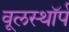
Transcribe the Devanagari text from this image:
वूलस्थॉर्प